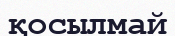
қосылмай